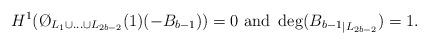
LaTeX: \begin{align*}H^1(\O_{L_1 \cup \ldots \cup L_{2b-2}}(1)(-B_{b-1}))=0 \ \hbox{and} \ \deg ({B_{b-1}}_{|L_{2b-2}})=1.\end{align*}